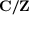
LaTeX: \mathbf { C } / \mathbf { Z }